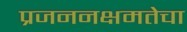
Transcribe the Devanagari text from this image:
प्रजननक्षमतेचा